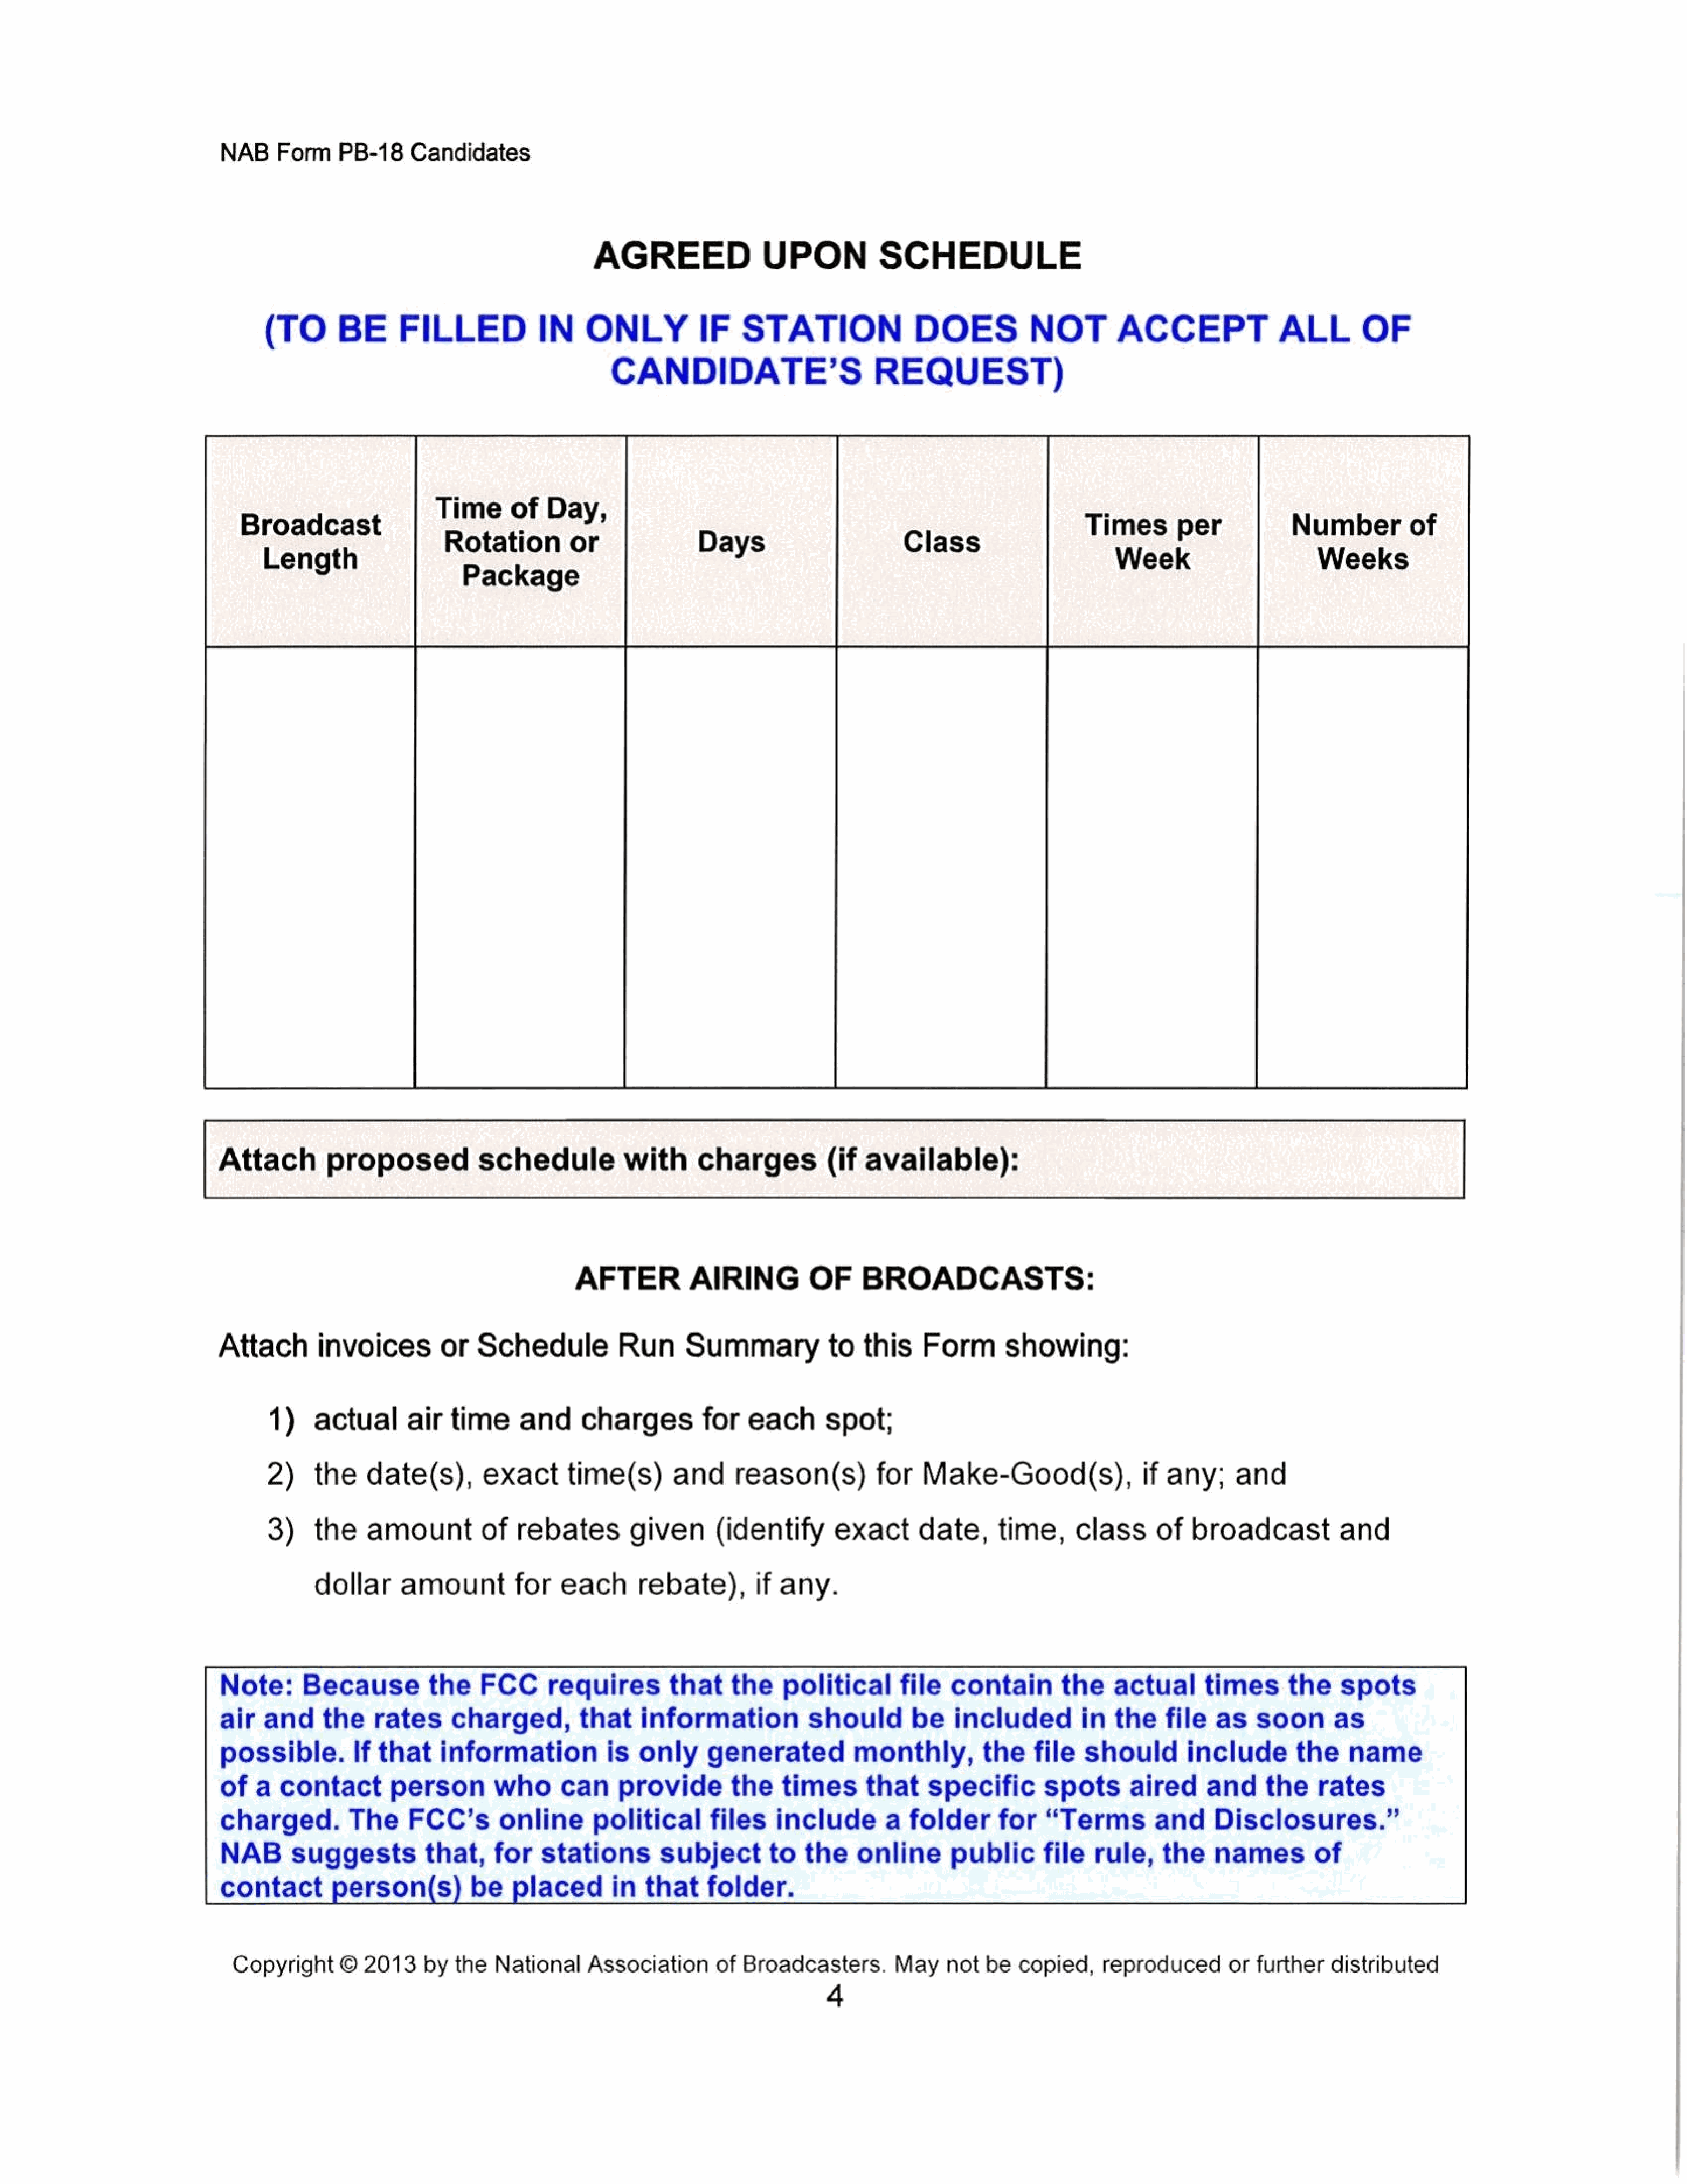
NAB     Form     PB-18     Candidates
 AGREED                  UPON             SCHEDULE
 (TO        BE      FILLED              IN     ONLYIF                STATION                  DOES            NOT          ACCEPTALL                          OF
 CANDIDATE’S                           REQUEST)
 Time       of   Day,
 Broadcast                                                                                                               Times        per              Numberof
 Rotation         or
 Length                                                                                                                   Week                         Weeks
 Package
 Attach          proposed             schedule             with       charges(if              available):
 AFTER       AIRING                OF     BROADCASTS:
 Attach         invoices         or   Schedule             Run      Summary             to   this     Form        showing:
 1)    actual       air   time      and      charges          for    each       spot;
 2)     the    date(s),         exact       time(s)        and      reason(s)           for    Make-Good(s),                   if any;      and
 3)     the     amount       of      rebates         given       (identify        exact       date,       time,      class      of    broadcast            and
 dollar      amount           for   each       rebate),       if    any.
 Note:      Because           the     FCC      requiresthat               the    political        file   contain         the    actual       times       the     spots
 air   and     the     rates      charged,          that     information             should        be    includedin             the     file   as    soon       as
 possible.        If   that     information             is  only      generated            monthly,the               file   should         include        the     name
 of   a  contact         person         who  can      providethe                 times       that     specific        spots        aired      and     the     rates
 charged.          The     FCC’s         online   political         files       include         a  folder       for    “Terms         and      Disclosures.”
 NAB       suggeststhat,                for   stations         subject         to   the     online       public       file   rule,     the     names         of
 contact        person(s)           be    placedin           that     folder.
 Copyright       ©  2013     by  the   National     Association       of  Broadcasters.         May    not   be   copied,     reproducedorfurther           distributed
 4